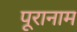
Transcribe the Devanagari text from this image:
पूरानाम